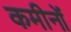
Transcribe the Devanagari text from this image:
कमीनों